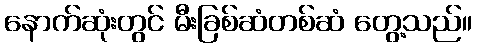
နောက်ဆုံးတွင် မီးခြစ်ဆံတစ်ဆံ တွေ့သည်။